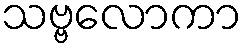
သဗ္ဗလောကာ